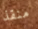
منقذ